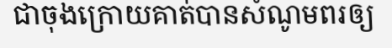
ជាចុងក្រោយគាត់បានសំណូមពរឲ្យ